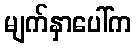
မျက်နှာပေါ်က